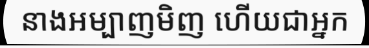
នាងអម្បាញមិញ ហើយជាអ្នក